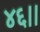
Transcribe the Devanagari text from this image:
४६।।